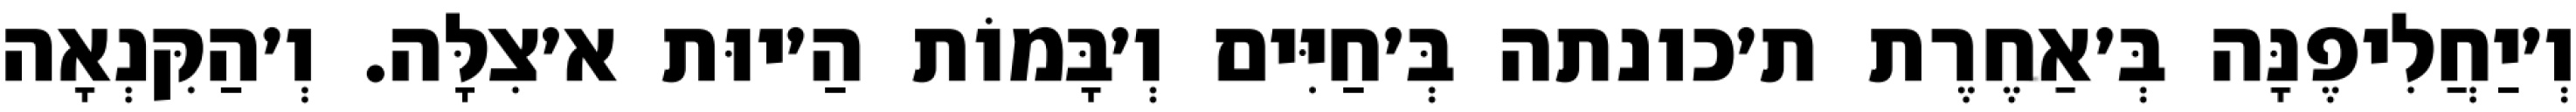
וְ׳יַחֲלִיפֶנָּה בְּ׳אַחֶרֶת ת׳כונתה בְּ׳חַיִּים וְ׳בָּמוֹת הַ׳יוּת א׳צִלָּה. וְ׳הַקִּנְאָה